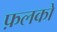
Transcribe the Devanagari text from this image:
फ़लकों